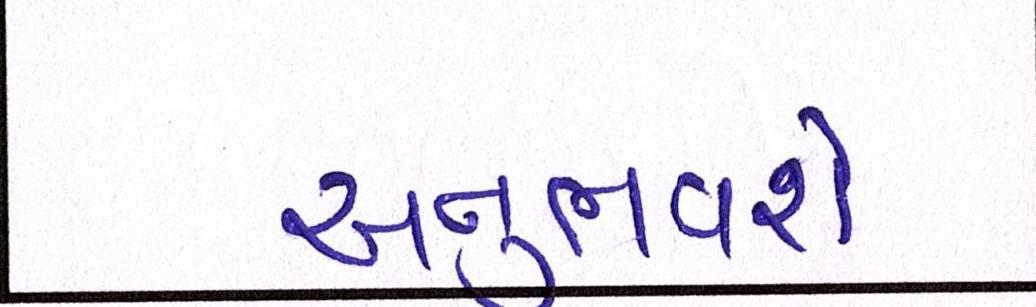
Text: અનુભવશે